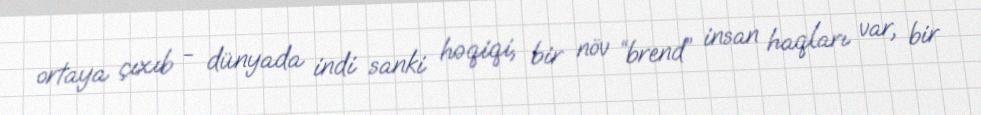
ortaya çıxıb - dünyada indi sanki həqiqi, bir növ “brend” insan haqları var, bir